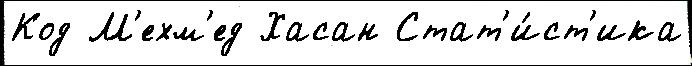
Код М'ехм'ед Хасан Стат'и́ст'ика